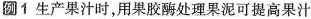
例1生产果汁时，用果胶酶处理果泥可提高果汁